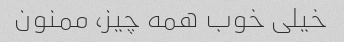
خیلی خوب همه چیز، ممنون